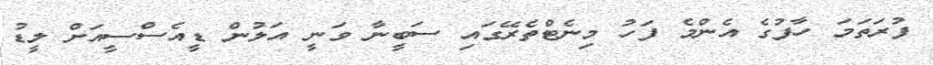
ފުރަތަމަ ހާފުގެ އެންމެ ފަހު މިނެޓްތެރޭގައި ސަބީނާ ވަނީ އަލުން ޑީއެސްސީއަށް ލީޑު